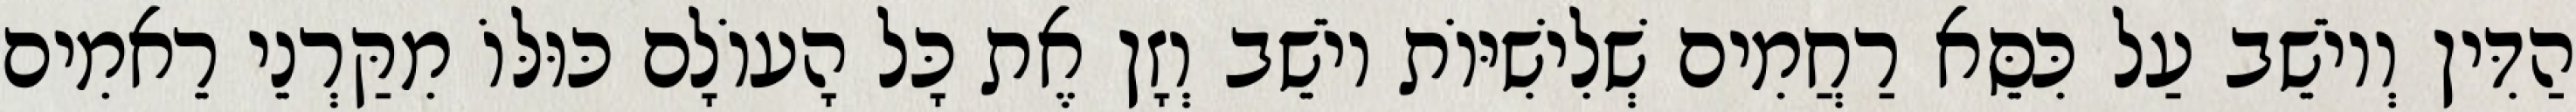
הַדִּין וְיוֹשֵׁב עַל כִּסֵּא רַחֲמִים שְׁלִישִׁיּוֹת יוֹשֵׁב וְזָן אֶת כָּל הָעוֹלָם כּוּלּוֹ מִקַּרְנֵי רֵאמִים